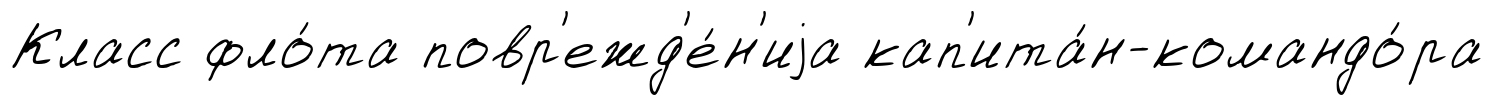
Класс фло́та повр'ежд'е́н'иjа кап'ита́н-командо́ра